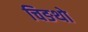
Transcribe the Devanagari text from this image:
चिङथो